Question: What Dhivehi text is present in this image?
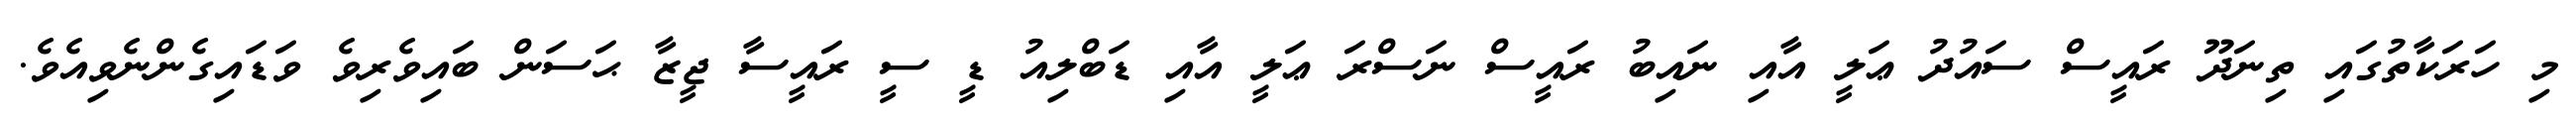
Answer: މި ހަރަކާތުގައި ތިނަދޫ ރައީސް ސައުދު ޢަލީ އާއި ނައިބު ރައީސް ނަސްރަ ޢަލީ އާއި ޑަބްލިއު ޑީ ސީ ރައީސާ ޖީޒާ ޙަސަން ބައިވެރިވެ ވަޑައިގެންނެވިއެވެ.